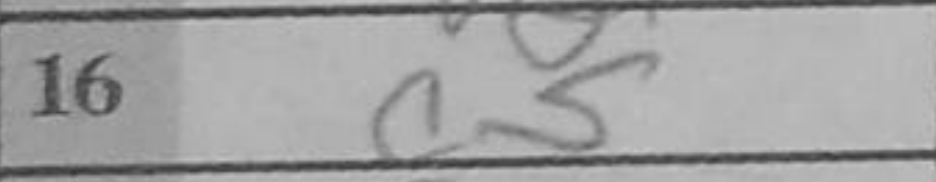
Transcription: c5